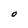
Character: O